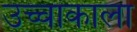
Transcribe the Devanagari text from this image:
उच्चांकाला